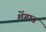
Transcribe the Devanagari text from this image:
शेंगात